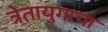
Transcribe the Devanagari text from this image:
त्रेतायुगाचा